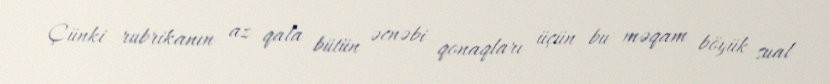
Çünki rubrikanın az qala bütün əcnəbi qonaqları üçün bu məqam böyük sual